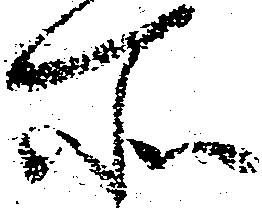
所